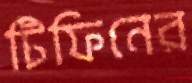
টিফিনের